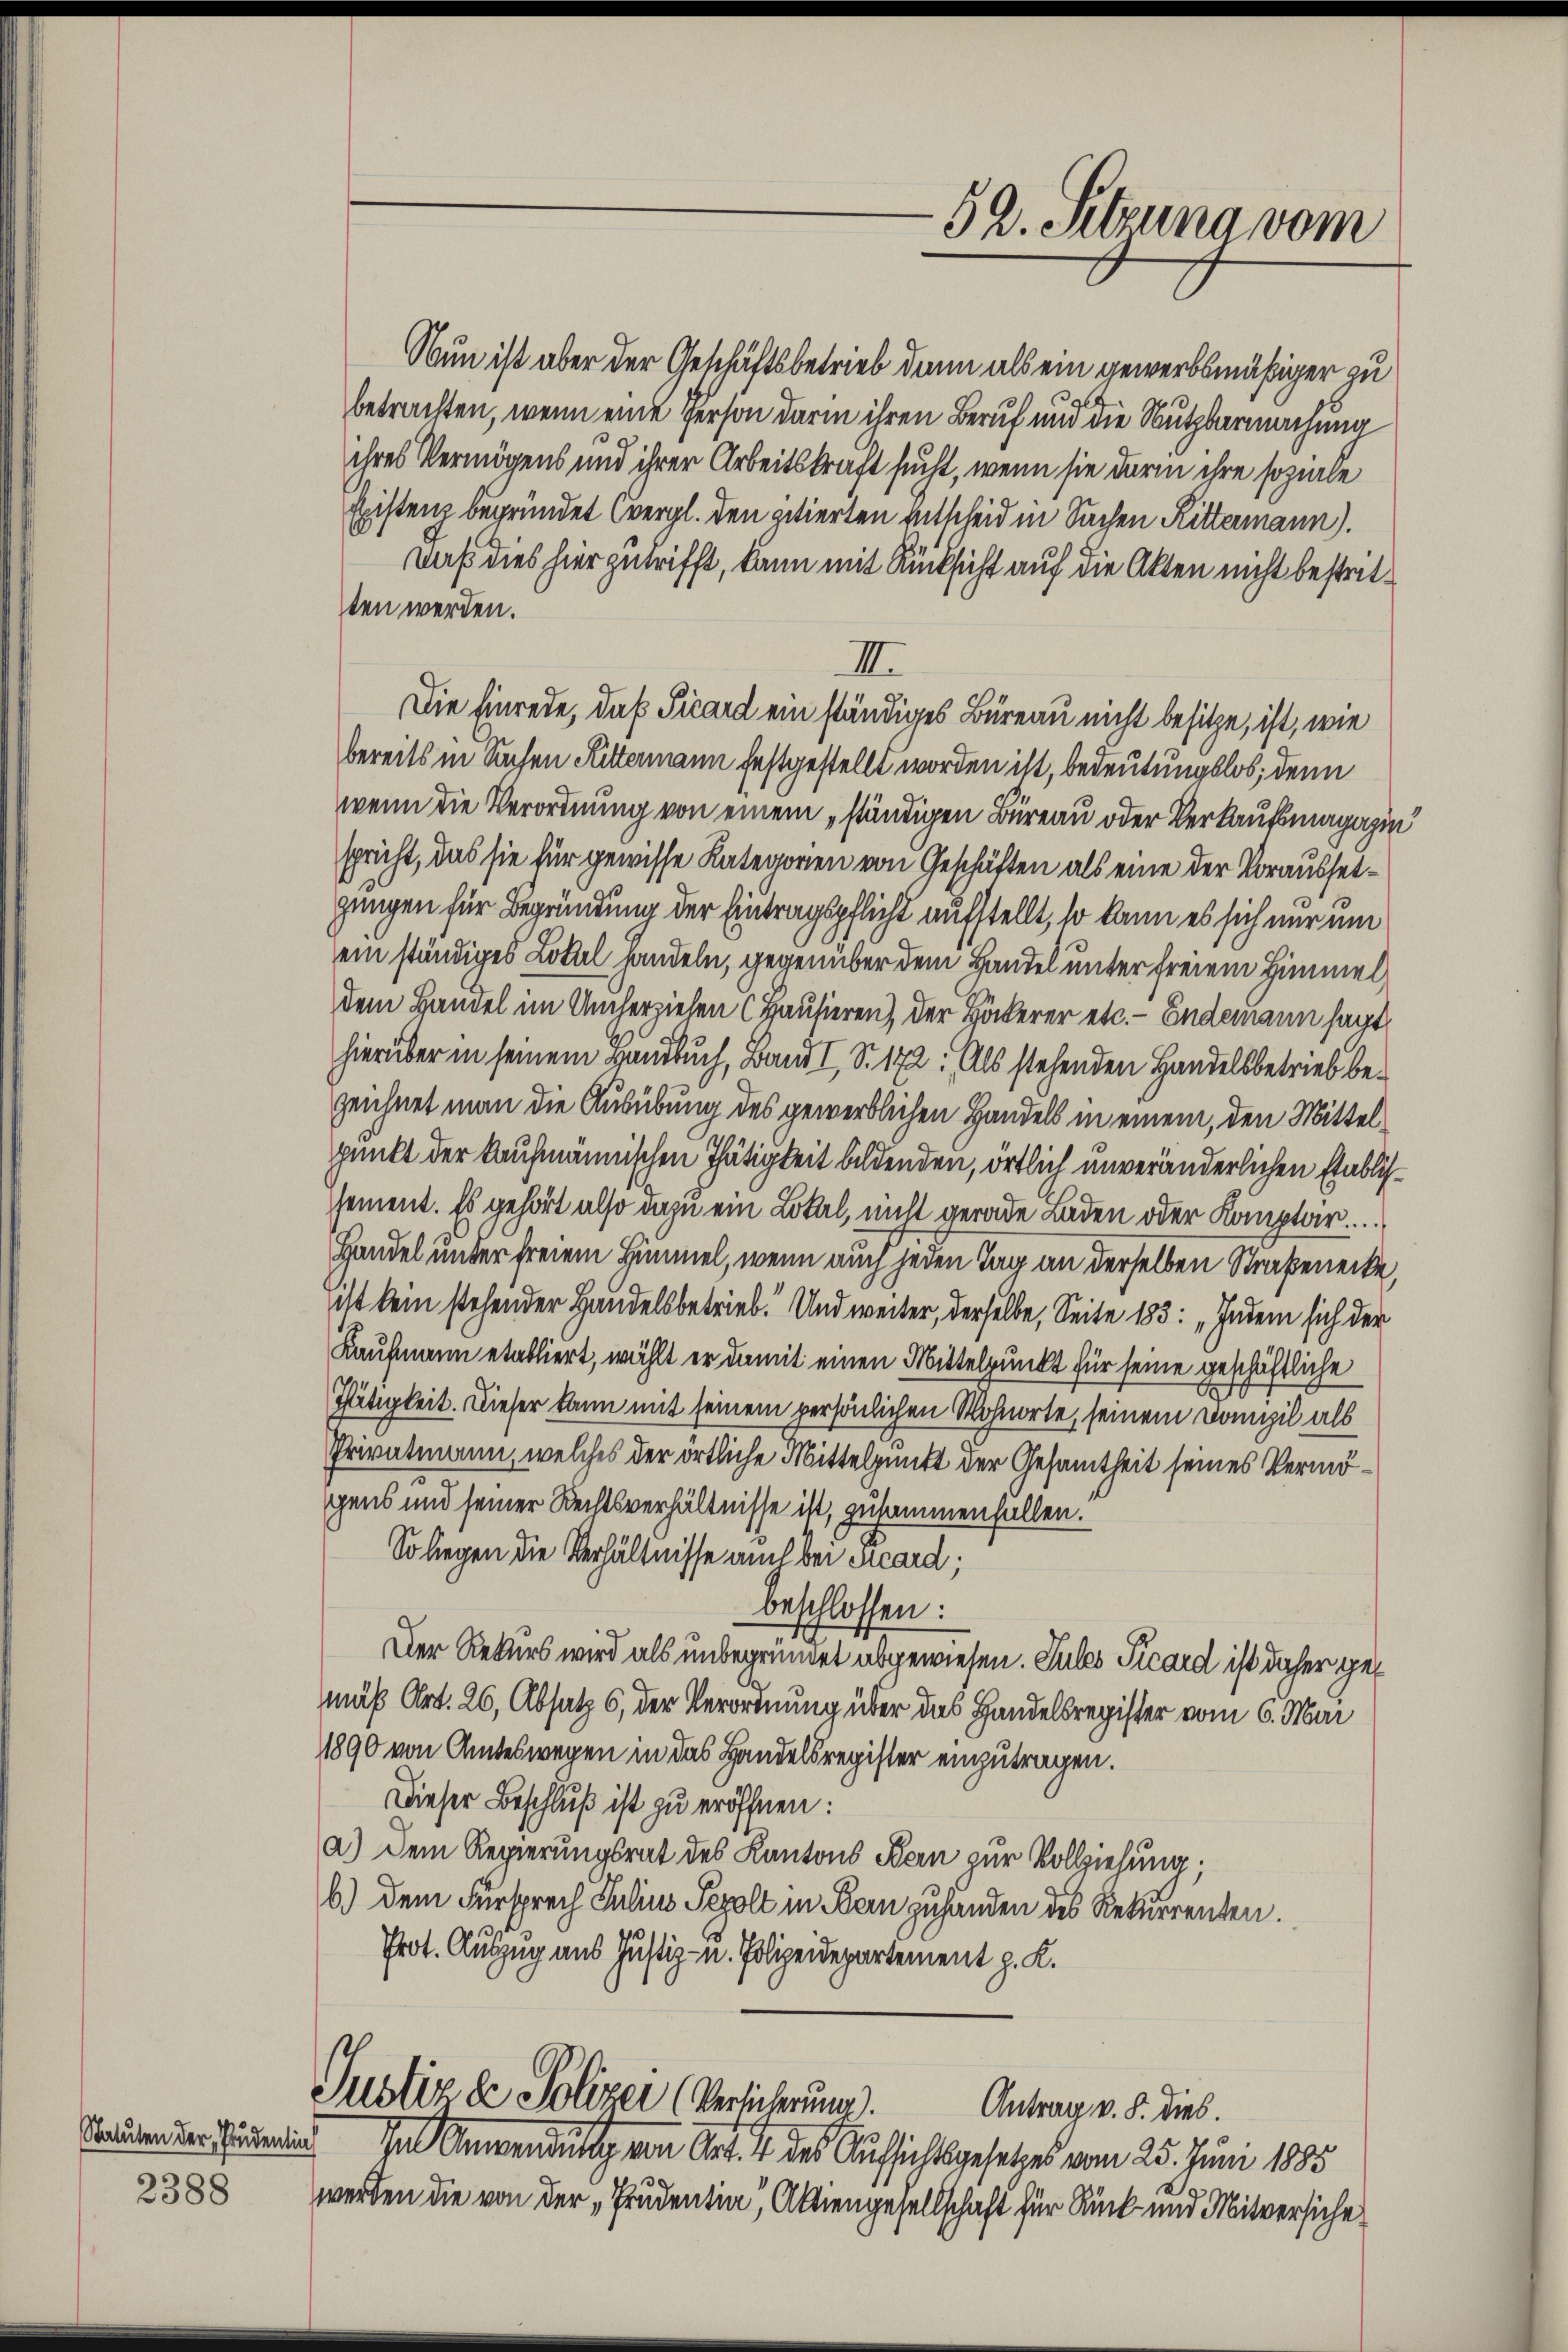
2388

Nun ist aber der Geschäftsbetrieb dann als ein gewerbsmäßiger zu
betrachten, wenn eine Person darin ihren Beruf und die Nutzbarmachung
ihres Vermögens und ihrer Arbeitskraft sucht, wenn sie darin ihre soziale
Existenz begründet (vergl. den zitierten Entscheid in Sachen Rittermann).
Daß dies hierzutrifft, kann mit Rücksicht auf die Akten nicht bestritten werden.
III.
Die Einrede, daß Picard ein ständiges Büreau nicht besitze, ist, wie
bereits in Sachen Rittermann festgestellt worden ist, bedeutungslos, denn
wenn die Verordnung von einem ständigen Büreau oder Verkaufsmagazin
spricht, das sie für gewisse Kategorien von Geschäften als eine der Voraussetgungen für Begründung der Eintragspflicht aufstellt, so kann es sich nur um
ein ständiges Lokal handeln, gegenüber dem Handel unter freiem Himmel
dem Handel im Umherziehen (Hausieren) der Bäckerer etc. - Endemann sagt
hierüber in seinem Handbuch, Band I S. 172. Als stehenden Handelsbetrieb bezeichnet man die Ausübung des gewerblichen Handels in einem, den Mittelpunkt der kaufmännischen Thätigkeit bildenden, örtlich unveränderlichen Etablissement. Es gehört also dazu ein Lokal, nicht gerade Laden oder Kompter.
Handel unter freiem Himmel, wenn auch jeden Tag an derselben Straßenecke,
ist kein stehender Handelsbetrieb! Und weiter, derselbe, Seite 183: „Indem sich der
Kaufmann etabliert, wählt er damit einen Mittelpunkt für seine geschäftliche
Tätigkeit. Dieser kann mit seinem persönlichen Wohnorte, seinem Domizil als
Privatmann, welches der örtliche Mittelpunkt der Gesamtheit seines Vermögens und seiner Rechtsverhältnisse ist, zusammenfallen.“
Soliegen die Verhältnisse auch bei Scard;
beschlossen:
Der Rekurs wird als unbegründet abgewiesen. Sules Vicard ist daher gemäß Art. 26, Absatz 6, der Verordnung über das Handelsregister vom 6. Mai
1890 von Amteswegen in das Handelsregister einzutragen.
Dieser Beschluß ist zu eröffnen:
a.) Dem Regierungsrat des Kantons Bern zur Vollziehung;
6) dem Fürsprech Julius Pezolt in Bern zuhanden des Rekurrenten.
Prot. Auszug aus Justiz- u. Polizeidepartement z. K.

Justiz de Polizei (Versicherung.
Antrag v. 8. dies.

52. Setzung vom

Sauren der Semin. In Anwendung von Art. 4 des Aufsichtsgesetzes vom 25. Juni 1885
werden die von der „Prudentin, Aktiengesellschaft für Rück- und Mitversiche